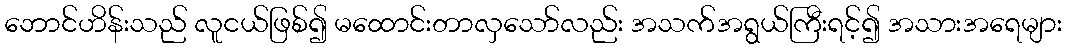
ဘောင်ဟိန်းသည် လူငယ်ဖြစ်၍ မထောင်းတာလှသော်လည်း အသက်အရွယ်ကြီးရင့်၍ အသားအရေများ